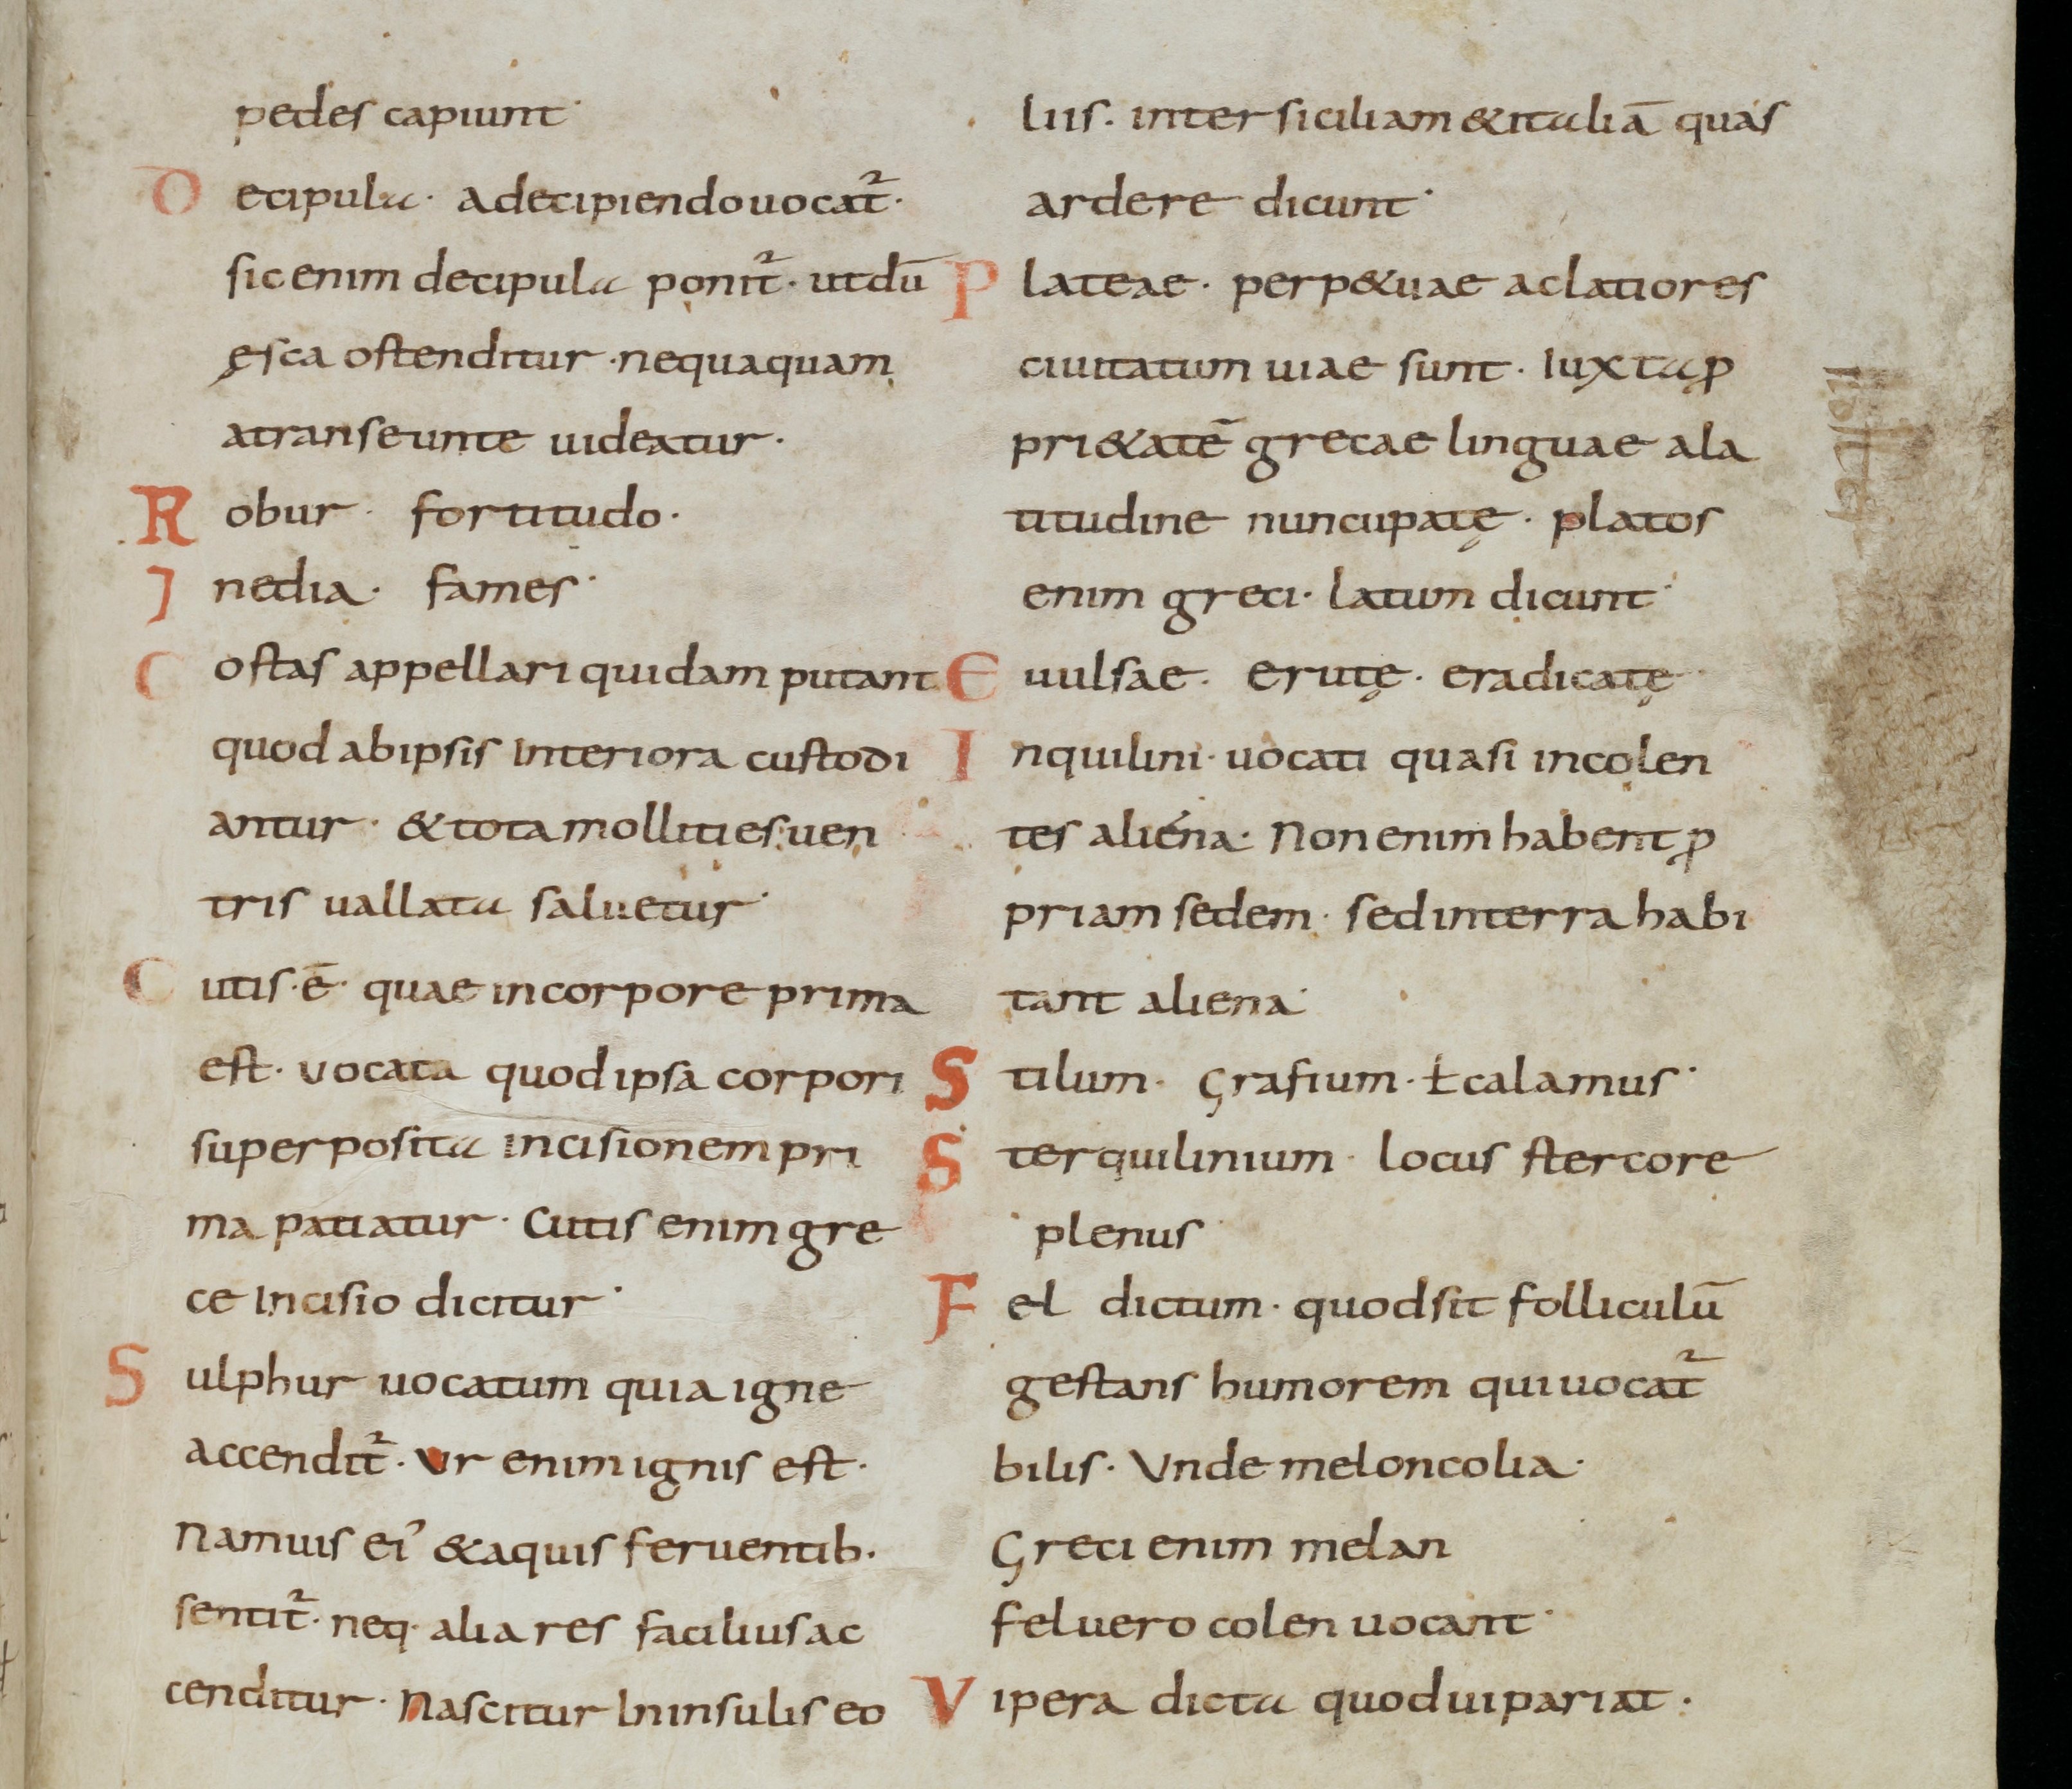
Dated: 800–899